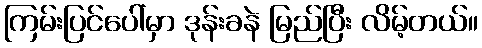
ကြမ်းပြင်ပေါ်မှာ ဒုန်းခနဲ မြည်ပြီး လိမ့်တယ်။